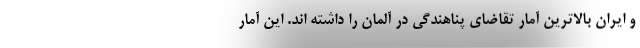
و ایران بالاترین آمار تقاضای پناهندگی در آلمان را داشته اند. این آمار